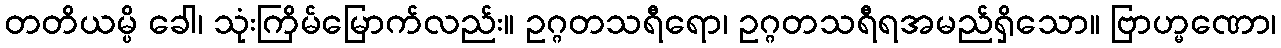
တတိယမ္ပိ ခေါ၊ သုံးကြိမ်မြောက်လည်း။ ဥဂ္ဂတသရီရော၊ ဥဂ္ဂတသရီရအမည်ရှိသော။ ဗြာဟ္မဏော၊